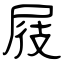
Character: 屐